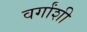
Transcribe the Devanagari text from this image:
वर्गांशी